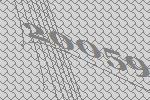
20059